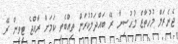
ޖެނެރަލް މުހުތާޒް މުހުސިނާ ރޭ ބައްދަލުކުރަން ތިއްބެވި ކަމަށް ރާއްޖެ ޓީވީން ރޭ